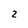
Character: 2